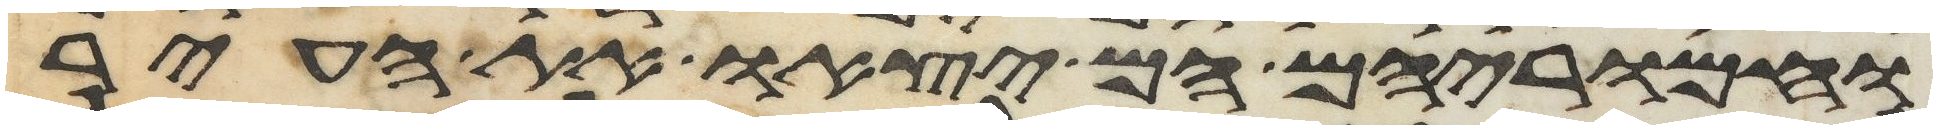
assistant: וחמריהם הם יצאו את העיר